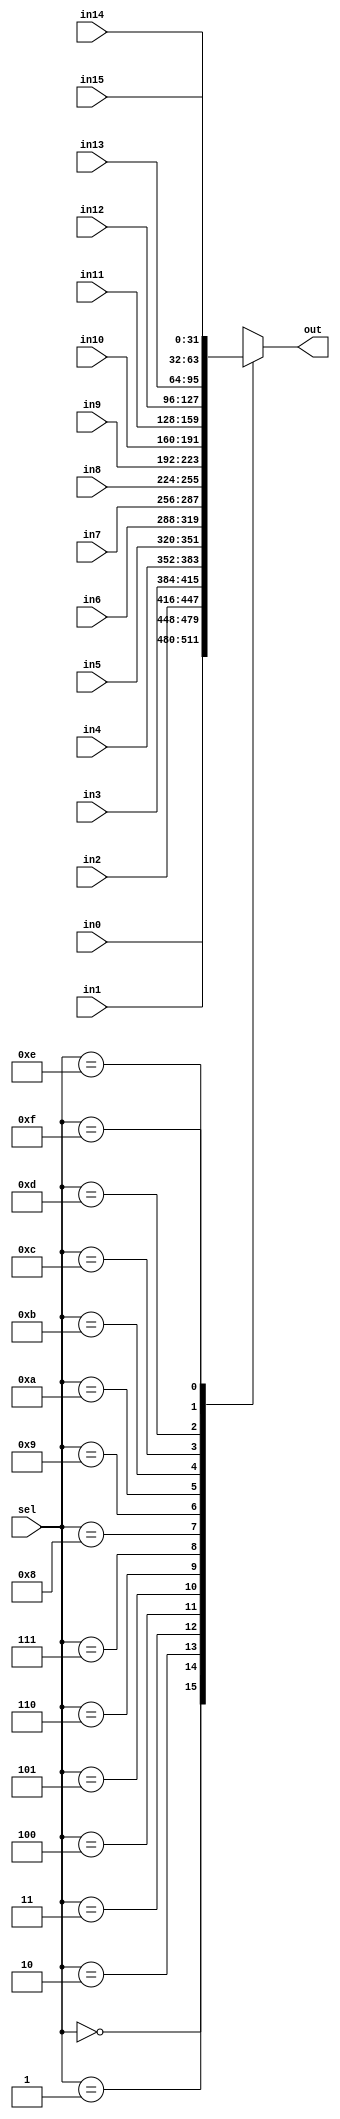
`timescale 1ns / 1ps
//////////////////////////////////////////////////////////////////////////////////
// Company: 
// Engineer: 
// 
// Design Name: 
// Module Name: Multi
// Project Name: 
// Target Devices: 
// Tool Versions: 
// Description: 
// 
// Dependencies: 
// 
// Revision:
// Revision 0.01 - File Created
// Additional Comments:
// 
//////////////////////////////////////////////////////////////////////////////////


module Multi(sel,
in0,in1,in2,in3,in4,in5,in6,in7,in8,in9,in10,in11,in12,in13,in14,in15,
out);
    parameter sel_wid = 4;
    parameter data_wid = 32;
    input [sel_wid-1:0]sel;
    input [data_wid-1:0]in0;
    input [data_wid-1:0]in1;
    input [data_wid-1:0]in2;
    input [data_wid-1:0]in3;
    input [data_wid-1:0]in4;
    input [data_wid-1:0]in5;
    input [data_wid-1:0]in6;
    input [data_wid-1:0]in7;
    input [data_wid-1:0]in8;
    input [data_wid-1:0]in9;
    input [data_wid-1:0]in10;
    input [data_wid-1:0]in11;
    input [data_wid-1:0]in12;
    input [data_wid-1:0]in13;
    input [data_wid-1:0]in14;
    input [data_wid-1:0]in15;
    output reg [data_wid-1:0]out;
    initial
    begin
        out = 0;
    end
    always@(sel,in0,in1,in2,in3,in4,in5,in6,in7,in8,in9,in10,in11,in12,in13,in14,in15,out)
    begin
        case(sel)
        0: begin out <= in0; end
        1: begin out <= in1; end
        2: begin out <= in2; end
        3: begin out <= in3; end
        4: begin out <= in4; end  
        5: begin out <= in5; end 
        6: begin out <= in6; end 
        7: begin out <= in7; end 
        8: begin out <= in8; end 
        9: begin out <= in9; end 
        10: begin out <= in10; end 
        11: begin out <= in11; end 
        12: begin out <= in12; end         
        13: begin out <= in13; end 
        14: begin out <= in14; end 
        15: begin out <= in15; end      
        endcase
    end
endmodule